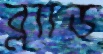
ব্ল্যাড